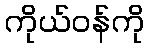
ကိုယ်ဝန်ကို